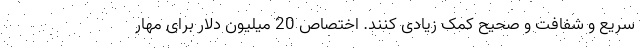
سریع و شفافت و صحیح کمک زیادی کنند. اختصاص 20 میلیون دلار برای مهار